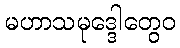
မဟာသမုဒ္ဒေါတွေဝ